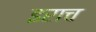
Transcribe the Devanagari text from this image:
इराच